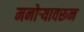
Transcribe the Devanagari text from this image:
मनोर्‍यावरून